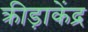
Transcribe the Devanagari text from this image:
क्रीड़ाकेंद्र